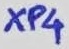
Text: XP4